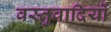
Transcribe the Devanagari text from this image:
वस्तुवादियों